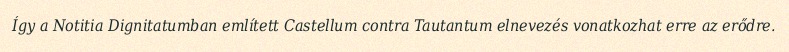
Így a Notitia Dignitatumban említett Castellum contra Tautantum elnevezés vonatkozhat erre az erődre.